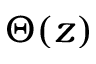
\Theta ( z )